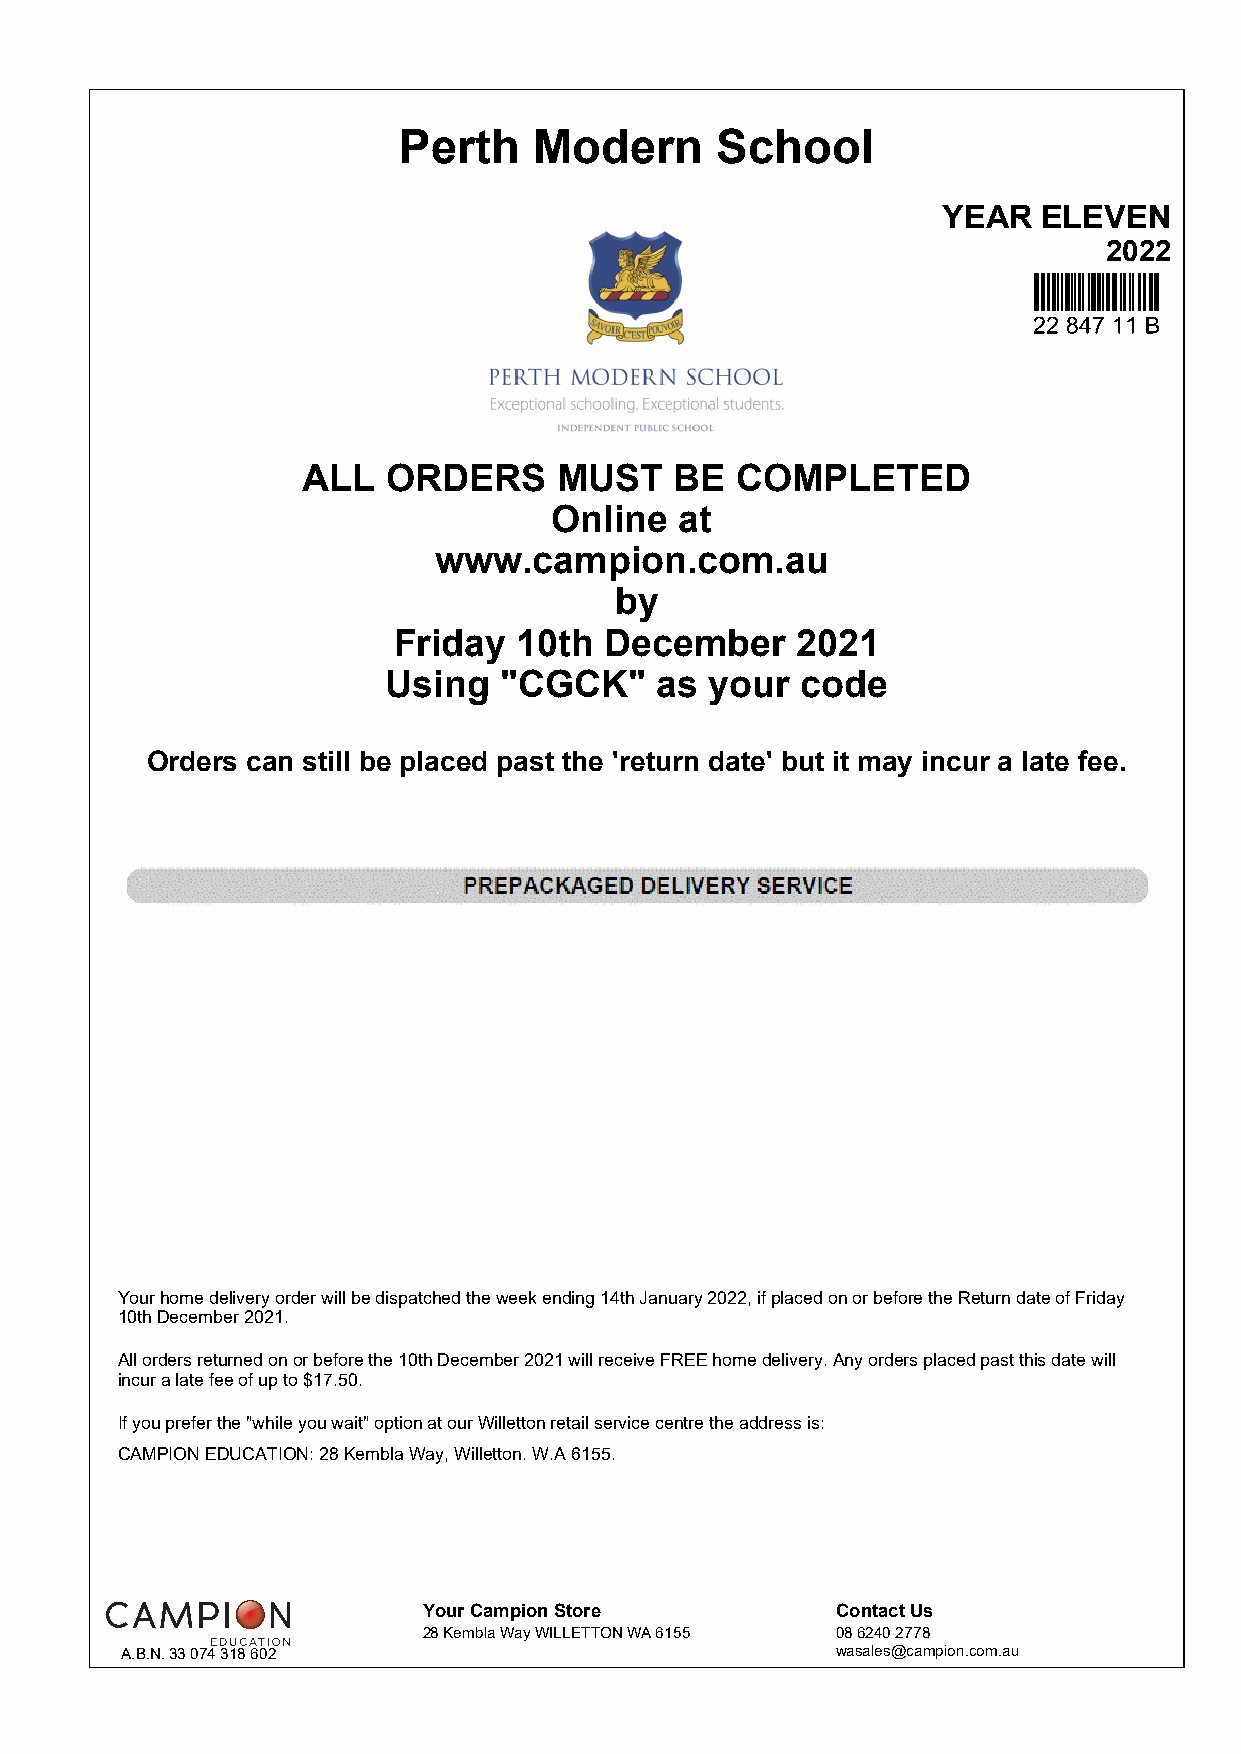
Perth    Modern      School
 YEAR   ELEVEN
 2022
 ALL   ORDERS     MUST    BE  COMPLETED
 Online   at
 www.campion.com.au
 by
 Friday  10th  December     2021
 Using  "CGCK"    as  your  code
 Orders can still be placed past the 'return date' but it may incur a late fee.
 Your home delivery order will be dispatched the week ending 14th January 2022, if placed on or before the Return date of Friday
 10th December 2021.
 All orders returned on or before the 10th December 2021 will receive FREE home delivery. Any orders placed past this date will
 incur a late fee of up to $17.50.
 If you prefer the "while you wait" option at our Willetton retail service centre the address is:
 CAMPION EDUCATION: 28 Kembla Way, Willetton. W.A 6155.
 Your Campion Store         Contact Us
 28 Kembla Way WILLETTON WA 6155 08 6240 2778
 A.B.N. 33 074 318 602                          wasales@campion.com.au